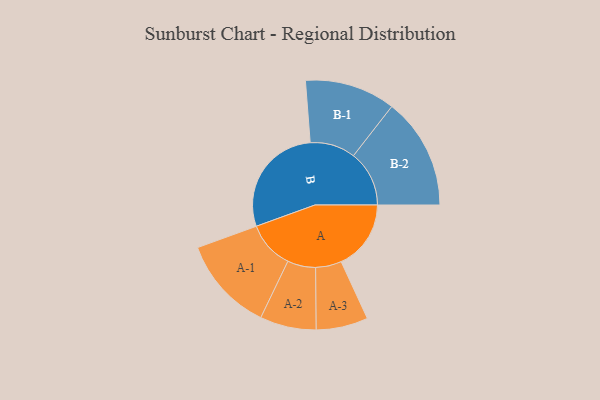
{"axis": {"x": "Segment", "y": "Value"}, "legend": ["", "A", "B"], "data": [{"x": "A", "y": 288, "type": ""}, {"x": "B", "y": 466, "type": ""}, {"x": "A-1", "y": 196, "type": "A"}, {"x": "A-2", "y": 116, "type": "A"}, {"x": "A-3", "y": 107, "type": "A"}, {"x": "B-1", "y": 187, "type": "B"}, {"x": "B-2", "y": 230, "type": "B"}]}